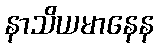
နာသိယမာနေန